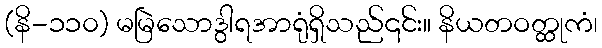
(နိ-၁၁၀) မမြဲသောဒွါရအာရုံရှိသည်၎င်း။ နိယတဝတ္ထုကံ၊